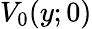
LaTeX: V_{0}(y;0)